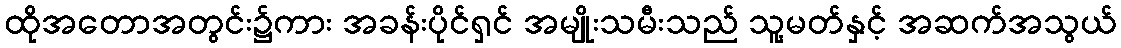
ထိုအတောအတွင်း၌ကား အခန်းပိုင်ရှင် အမျိုးသမီးသည် သူ့မတ်နှင့် အဆက်အသွယ်